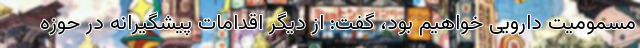
مسمومیت دارویی خواهیم بود، گفت: از دیگر اقدامات پیشگیرانه در حوزه